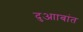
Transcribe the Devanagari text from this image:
दुआाबांत